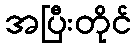
အပြီးတိုင်